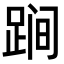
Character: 𨁴